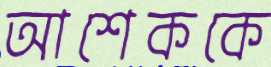
আশেককে